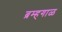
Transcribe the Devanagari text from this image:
ब्रम्हगाळ